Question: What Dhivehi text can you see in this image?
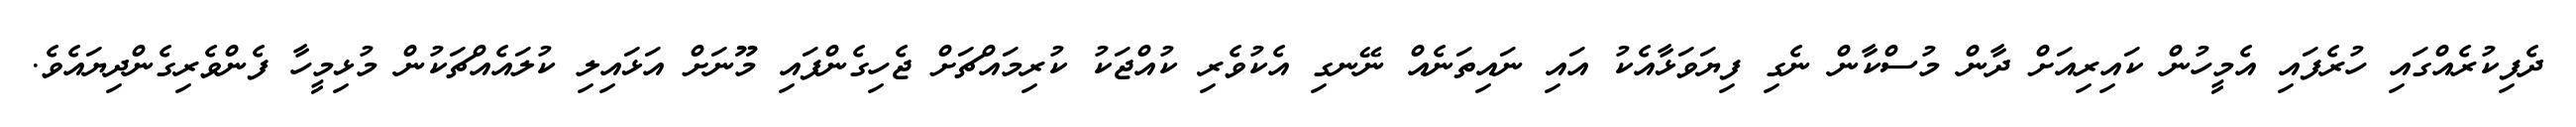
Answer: ދެފިކުރެއްގައި ހުރެފައި އެމީހުން ކައިރިއަށް ދާން މުސްކާން ނެގި ފިޔަވަޅާއެކު އައި ނައިތަނެއް ނޭނގި އެކުވެރި ކުއްޖަކު ކުރިމައްޗަށް ޖެހިގެންފައި މޫނަށް އަޅައިލި ކުލައެއްޗަކުން މުޅިމީހާ ފެންވެރިގެންދިޔައެވެ.